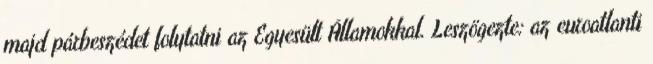
majd párbeszédet folytatni az Egyesült Államokkal. Leszögezte: az euroatlanti